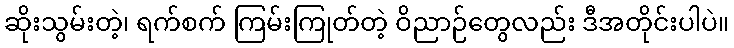
ဆိုးသွမ်းတဲ့၊ ရက်စက် ကြမ်းကြုတ်တဲ့ ဝိညာဉ်တွေလည်း ဒီအတိုင်းပါပဲ။